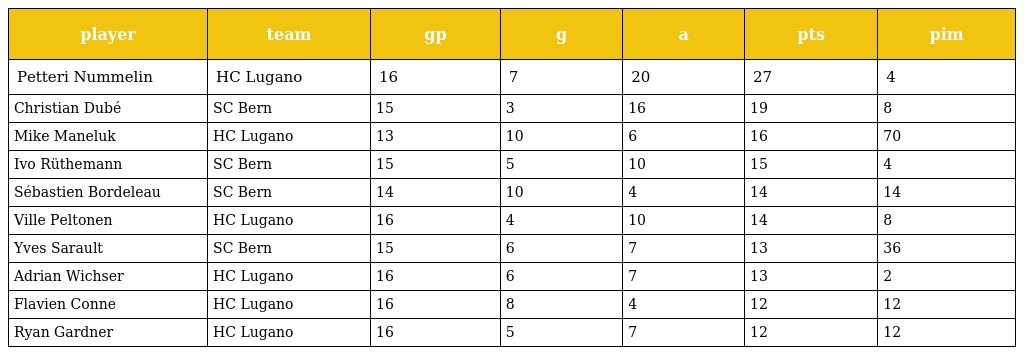
| player | team | gp | g | a | pts | pim |
 | --- | --- | --- | --- | --- | --- | --- |
 | Petteri Nummelin | HC Lugano | 16 | 7 | 20 | 27 | 4 |
 | Christian Dubé | SC Bern | 15 | 3 | 16 | 19 | 8 |
 | Mike Maneluk | HC Lugano | 13 | 10 | 6 | 16 | 70 |
 | Ivo Rüthemann | SC Bern | 15 | 5 | 10 | 15 | 4 |
 | Sébastien Bordeleau | SC Bern | 14 | 10 | 4 | 14 | 14 |
 | Ville Peltonen | HC Lugano | 16 | 4 | 10 | 14 | 8 |
 | Yves Sarault | SC Bern | 15 | 6 | 7 | 13 | 36 |
 | Adrian Wichser | HC Lugano | 16 | 6 | 7 | 13 | 2 |
 | Flavien Conne | HC Lugano | 16 | 8 | 4 | 12 | 12 |
 | Ryan Gardner | HC Lugano | 16 | 5 | 7 | 12 | 12 |